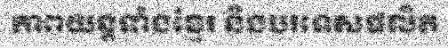
ភាពយន្តទាំងខ្មែរ និងបរទេសផលិត